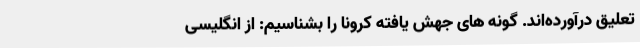
تعلیق درآورده‌اند. گونه های جهش یافته کرونا را بشناسیم: از انگلیسی